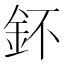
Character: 鈈